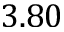
3 . 8 0